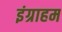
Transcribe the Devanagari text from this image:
इंग्राहम